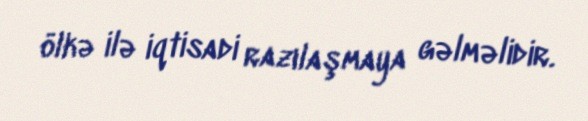
ölkə ilə iqtisadi razılaşmaya gəlməlidir.